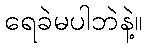
ရေခဲမပါဘဲနဲ့။